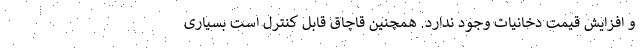
و افزایش قیمت دخانیات وجود ندارد. همچنین قاچاق قابل کنترل است بسیاری